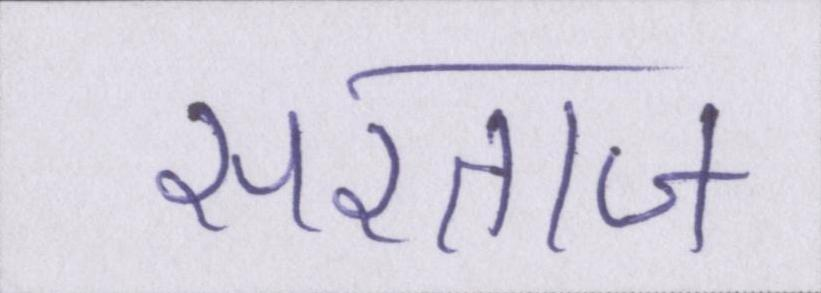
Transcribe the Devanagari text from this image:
सरताज